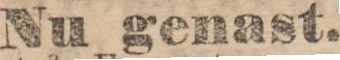
Nu genast.